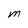
Character: m